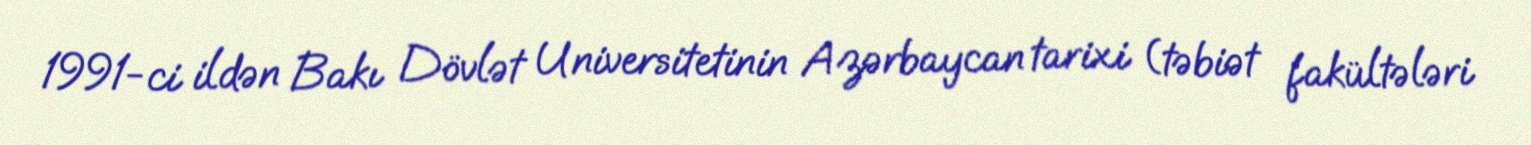
1991-ci ildən Bakı Dövlət Universitetinin Azərbaycan tarixi (təbiət fakültələri